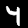
Digit: 4